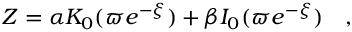
Z = \alpha K _ { 0 } ( \varpi e ^ { - \xi } ) + \beta I _ { 0 } ( \varpi e ^ { - \xi } ) \quad ,